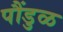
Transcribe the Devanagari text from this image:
पौंडुळ